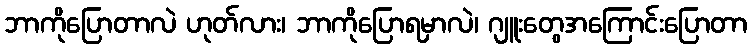
ဘာကိုပြောတာလဲ ဟုတ်လား၊ ဘာကိုပြောရမှာလဲ၊ ဂျူးတွေအကြောင်းပြောတာ